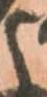
と